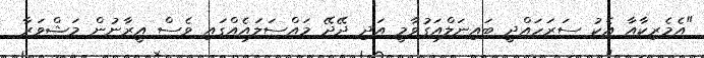
"އެމެރިކާާއާ އެކު ސަރަހައްދީ ބައިނަލްއަގުވާމީ އަދި ދޭދޭ މައްސަލައެއްގައި ވެސް އީރާނުން މަޝްވަރާ